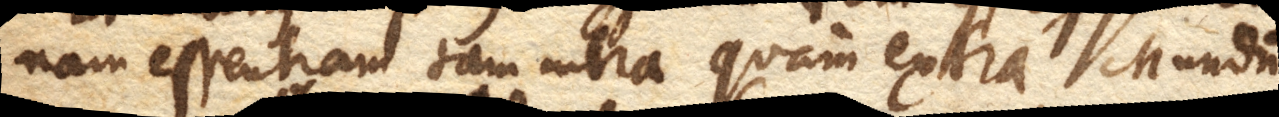
nam essentiam tam intra quam extra Mundum.